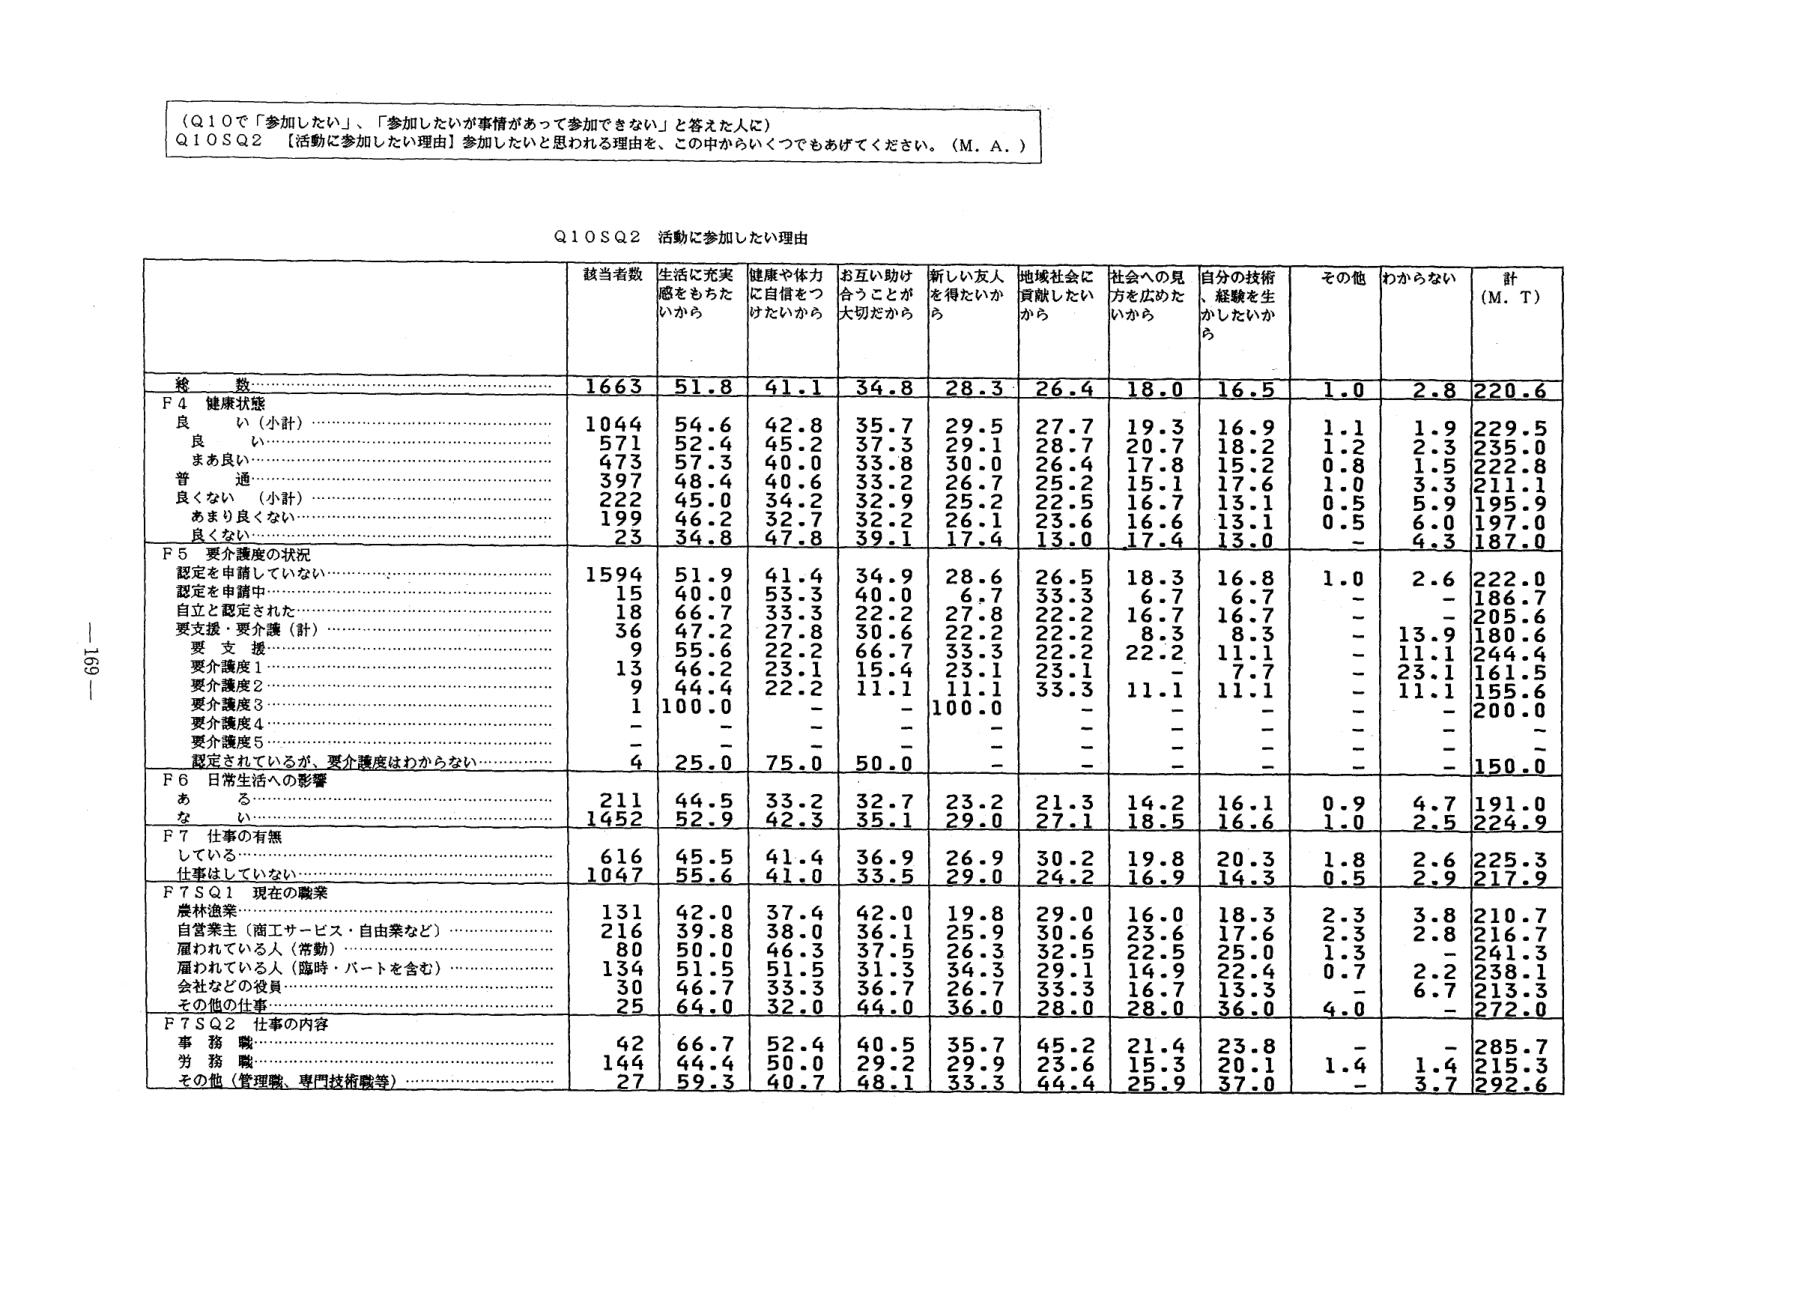
（Q10で「参加したい」、「参加したいが事情があって参加できない」と答えた人に）
Q10SQ2 【活動に参加したい理由】参加したいと思われる理由を、この中からいくつでもあげてください。（M．A．）

Q10SQ2 活動に参加したい理由

| | 該当者数 | 生活に充実感をもちたいから | 健康や体力に自信をつけたいから | お互い助け合うことが大切だから | 新しい友人を得たいから | 地域社会に貢献したいから | 社会への見方を広めたいから | 自分の技術、経験を生かしたいから | その他 | わからない | 計（M．T） |
|---|---|---|---|---|---|---|---|---|---|---|---|
| 総 数 | 1663 | 51.8 | 41.1 | 34.8 | 28.3 | 26.4 | 18.0 | 16.5 | 1.0 | 2.8 | 220.6 |
| F4 健康状態 | | | | | | | | | | | |
| 良 い（小計） | 1044 | 54.6 | 42.8 | 35.7 | 29.5 | 27.7 | 19.3 | 16.9 | 1.1 | 1.9 | 229.5 |
| 良 い | 571 | 52.4 | 45.2 | 37.3 | 29.1 | 28.7 | 20.7 | 18.2 | 1.2 | 2.3 | 235.0 |
| まあ良い | 473 | 57.3 | 40.0 | 33.8 | 30.0 | 26.4 | 17.8 | 15.2 | 0.8 | 1.5 | 222.8 |
| 普 通 | 397 | 48.4 | 40.6 | 33.2 | 26.7 | 25.2 | 15.1 | 17.6 | 1.0 | 3.3 | 211.1 |
| 良くない（小計） | 222 | 45.0 | 34.2 | 32.9 | 25.2 | 22.5 | 16.7 | 13.1 | 0.5 | 5.9 | 195.9 |
| あまり良くない | 199 | 46.2 | 32.7 | 32.2 | 26.1 | 23.6 | 16.6 | 13.1 | 0.5 | 6.0 | 197.0 |
| 良くない | 23 | 34.8 | 47.8 | 39.1 | 17.4 | 13.0 | 17.4 | 13.0 | - | 4.3 | 187.0 |
| F5 要介護度の状況 | | | | | | | | | | | |
| 認定を申請していない | 1594 | 51.9 | 41.4 | 34.9 | 28.6 | 26.5 | 18.3 | 16.8 | 1.0 | 2.6 | 222.0 |
| 認定を申請中 | 15 | 40.0 | 53.3 | 40.0 | 6.7 | 33.3 | 6.7 | 6.7 | - | - | 186.7 |
| 自立と認定された | 18 | 66.7 | 33.3 | 22.2 | 27.8 | 22.2 | 16.7 | 16.7 | - | - | 205.6 |
| 要支援・要介護（計） | 36 | 47.2 | 27.8 | 30.6 | 22.2 | 22.2 | 8.3 | 8.3 | - | 13.9 | 180.6 |
| 要 支 援 | 9 | 55.6 | 22.2 | 66.7 | 33.3 | 22.2 | 22.2 | 11.1 | - | 11.1 | 244.4 |
| 要介護度1 | 13 | 46.2 | 23.1 | 15.4 | 23.1 | 23.1 | - | 7.7 | - | 23.1 | 161.5 |
| 要介護度2 | 9 | 44.4 | 22.2 | 11.1 | 11.1 | 33.3 | 11.1 | 11.1 | - | 11.1 | 155.6 |
| 要介護度3 | 1 | 100.0 | - | - | 100.0 | - | - | - | - | - | 200.0 |
| 要介護度4 | - | - | - | - | - | - | - | - | - | - | - |
| 要介護度5 | - | - | - | - | - | - | - | - | - | - | - |
| 認定されているが、要介護度はわからない | 4 | 25.0 | 75.0 | 50.0 | - | - | - | - | - | - | 150.0 |
| F6 日常生活への影響 | | | | | | | | | | | |
| あ る | 211 | 44.5 | 33.2 | 32.7 | 23.2 | 21.3 | 14.2 | 16.1 | 0.9 | 4.7 | 191.0 |
| な い | 1452 | 52.9 | 42.3 | 35.1 | 29.0 | 27.1 | 18.5 | 16.6 | 1.0 | 2.5 | 224.9 |
| F7 仕事の有無 | | | | | | | | | | | |
| している | 616 | 45.5 | 41.4 | 36.9 | 26.9 | 30.2 | 19.8 | 20.3 | 1.8 | 2.6 | 225.3 |
| 仕事はしていない | 1047 | 55.6 | 41.0 | 33.5 | 29.0 | 24.2 | 16.9 | 14.3 | 0.5 | 2.9 | 217.9 |
| F7SQ1 現在の職業 | | | | | | | | | | | |
| 農林漁業 | 131 | 42.0 | 37.4 | 42.0 | 19.8 | 29.0 | 16.0 | 18.3 | 2.3 | 3.8 | 210.7 |
| 自営業主（商工サービス・自由業など） | 216 | 39.8 | 38.0 | 36.1 | 25.9 | 30.6 | 23.6 | 17.6 | 2.3 | 2.8 | 216.7 |
| 雇われている人（常勤） | 80 | 50.0 | 46.3 | 37.5 | 26.3 | 32.5 | 22.5 | 25.0 | 1.3 | - | 241.3 |
| 雇われている人（臨時・パートを含む） | 134 | 51.5 | 51.5 | 31.3 | 34.3 | 29.1 | 14.9 | 22.4 | 0.7 | 2.2 | 238.1 |
| 会社などの役員 | 30 | 46.7 | 33.3 | 36.7 | 26.7 | 33.3 | 16.7 | 13.3 | - | 6.7 | 213.3 |
| その他の仕事 | 25 | 64.0 | 32.0 | 44.0 | 36.0 | 28.0 | 28.0 | 36.0 | 4.0 | - | 272.0 |
| F7SQ2 仕事の内容 | | | | | | | | | | | |
| 事 務 職 | 42 | 66.7 | 52.4 | 40.5 | 35.7 | 45.2 | 21.4 | 23.8 | - | - | 285.7 |
| 労 務 職 | 144 | 44.4 | 50.0 | 29.2 | 29.9 | 23.6 | 15.3 | 20.1 | 1.4 | 1.4 | 215.3 |
| その他（管理職、専門技術職等） | 27 | 59.3 | 40.7 | 48.1 | 33.3 | 44.4 | 25.9 | 37.0 | - | 3.7 | 292.6 |